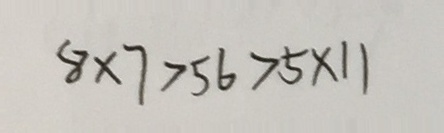
8 \times 7 > 5 6 > 5 \times 1 1